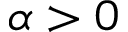
\alpha > 0